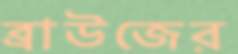
ব্রাউজের